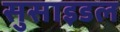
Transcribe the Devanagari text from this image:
सुसाइडल